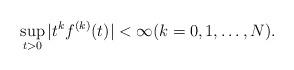
LaTeX: \begin{align*} \sup_{t > 0} |t^k f^{(k)}(t)| < \infty (k = 0,1,\ldots,N).\end{align*}